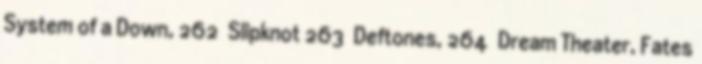
System of a Down, 262 Slipknot 263 Deftones, 264 Dream Theater, Fates